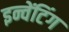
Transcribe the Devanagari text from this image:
इन्वेंटिंग